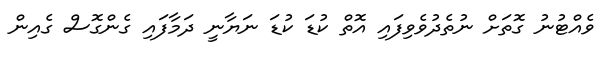
ވެއްޓުނު ގޮތަށް ނުތެދުވެވިފައި އޮތް ކުޑަ ކުޑަ ނަޔާނީ ދަމާފައި ގެންގޮސް ގެއިން